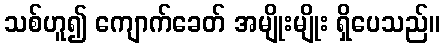
သစ်ဟူ၍ ကျောက်ခေတ် အမျိုးမျိုး ရှိပေသည်။